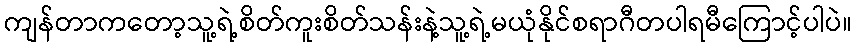
ကျန်တာကတော့သူ့ရဲ့စိတ်ကူးစိတ်သန်းနဲ့သူ့ရဲ့မယုံနိုင်စရာဂီတပါရမီကြောင့်ပါပဲ။